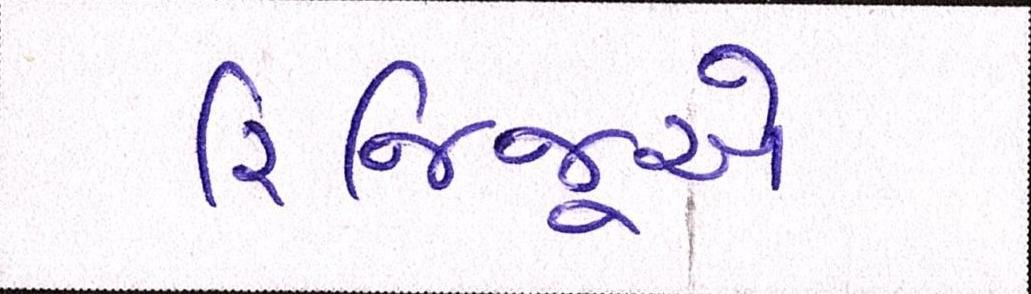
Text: રિજિજૂએ